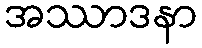
အဿာဒနာ